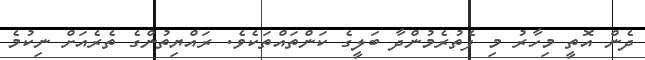
ދެން އޮތީ މިހާރު މި ފެތުރެމުންދާ ބަލީގެ ކަންތައްތަކެވެެ. ރައްޔިތުންގެ ތެރެއަށް ނިކުމެ